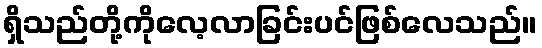
ရှိသည်တို့ကိုလေ့လာခြင်းပင်ဖြစ်လေသည်။